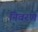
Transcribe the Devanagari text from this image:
निवरण